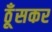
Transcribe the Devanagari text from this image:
ठूँसकर